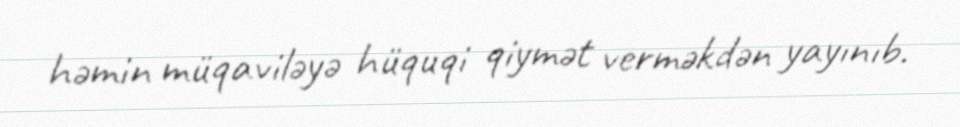
həmin müqaviləyə hüquqi qiymət verməkdən yayınıb.